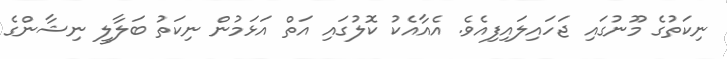
ނިކަތުގެ މޫނުގައި ޖަހައިލައިފިއެވެ. އެއާއެކު ކޮލުގައި އަތް އަޅަމުން ނިކަތު ބަލާލީ ނިޝާންގެ